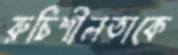
রুচিশীলতাকে